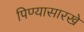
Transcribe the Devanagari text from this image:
पिण्यासारखे